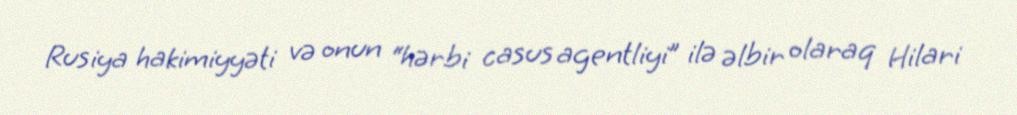
Rusiya hakimiyyəti və onun “hərbi casus agentliyi” ilə əlbir olaraq Hilari